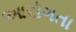
આરોગતા